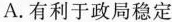
A.有利于政局稳定